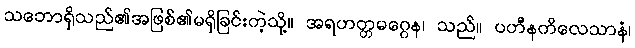
သဘောရှိသည်၏အဖြစ်၏မရှိခြင်းကဲ့သို့။ အရဟတ္တမဂ္ဂေန၊ သည်။ ပဟီနကိလေသာနံ၊